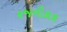
રજનીકાકા